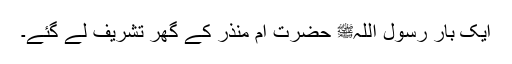
ایک بار رسول اللہﷺ حضرت ام منذرؓ کے گھر تشریف لے گئے۔